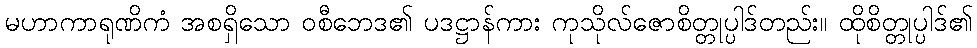
မဟာကာရုဏိကံ အစရှိသော ဝစီဘေဒ၏ ပဒဋ္ဌာန်ကား ကုသိုလ်ဇောစိတ္တုပ္ပါဒ်တည်း။ ထိုစိတ္တုပ္ပါဒ်၏